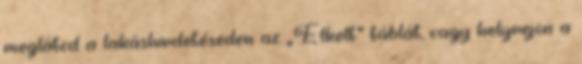
meglátod a lakáshirdetéseden az „Elkelt” táblát, vagy helyrejön a